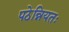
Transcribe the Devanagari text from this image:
पठेन्नियतः